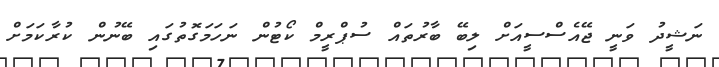
ނަޝީދު ވަނީ ޖޭއެސްސީއަށް ލިބޭ ބާރުތައް ސުޕްރީމް ކޯޓުން ނަހަމަގޮތުގައި ބޭނުން ކުރާކަމަށް